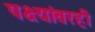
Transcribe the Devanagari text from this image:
पक्ष्यांवरही